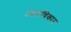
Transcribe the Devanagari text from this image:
उतराधिकार